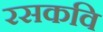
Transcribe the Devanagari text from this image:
रसकवि